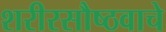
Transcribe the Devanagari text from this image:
शरीरसौष्ठवाचे